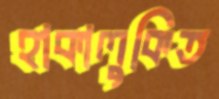
হাকালুকিত